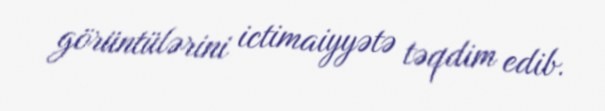
görüntülərini ictimaiyyətə təqdim edib.